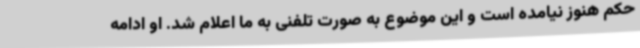
حکم هنوز نیامده است و این موضوع به صورت تلفنی به ما اعلام شد. او ادامه